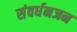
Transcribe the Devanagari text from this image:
संवर्धनजन